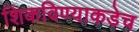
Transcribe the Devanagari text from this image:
शिकविण्याकडेच